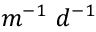
m ^ { - 1 } \ d ^ { - 1 }